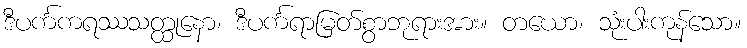
ဒီပင်္ကကရဿသတ္ထုနော၊ ဒီပင်္ကရာမြတ်စွာဘုရားအား။ တယော၊ သုံးပါးကုန်သော။